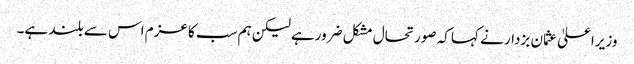
وزیراعلیٰ عثمان بزدار نے کہا کہ صورتحال مشکل ضرورہے لیکن ہم سب کا عزم اس سے بلند ہے۔